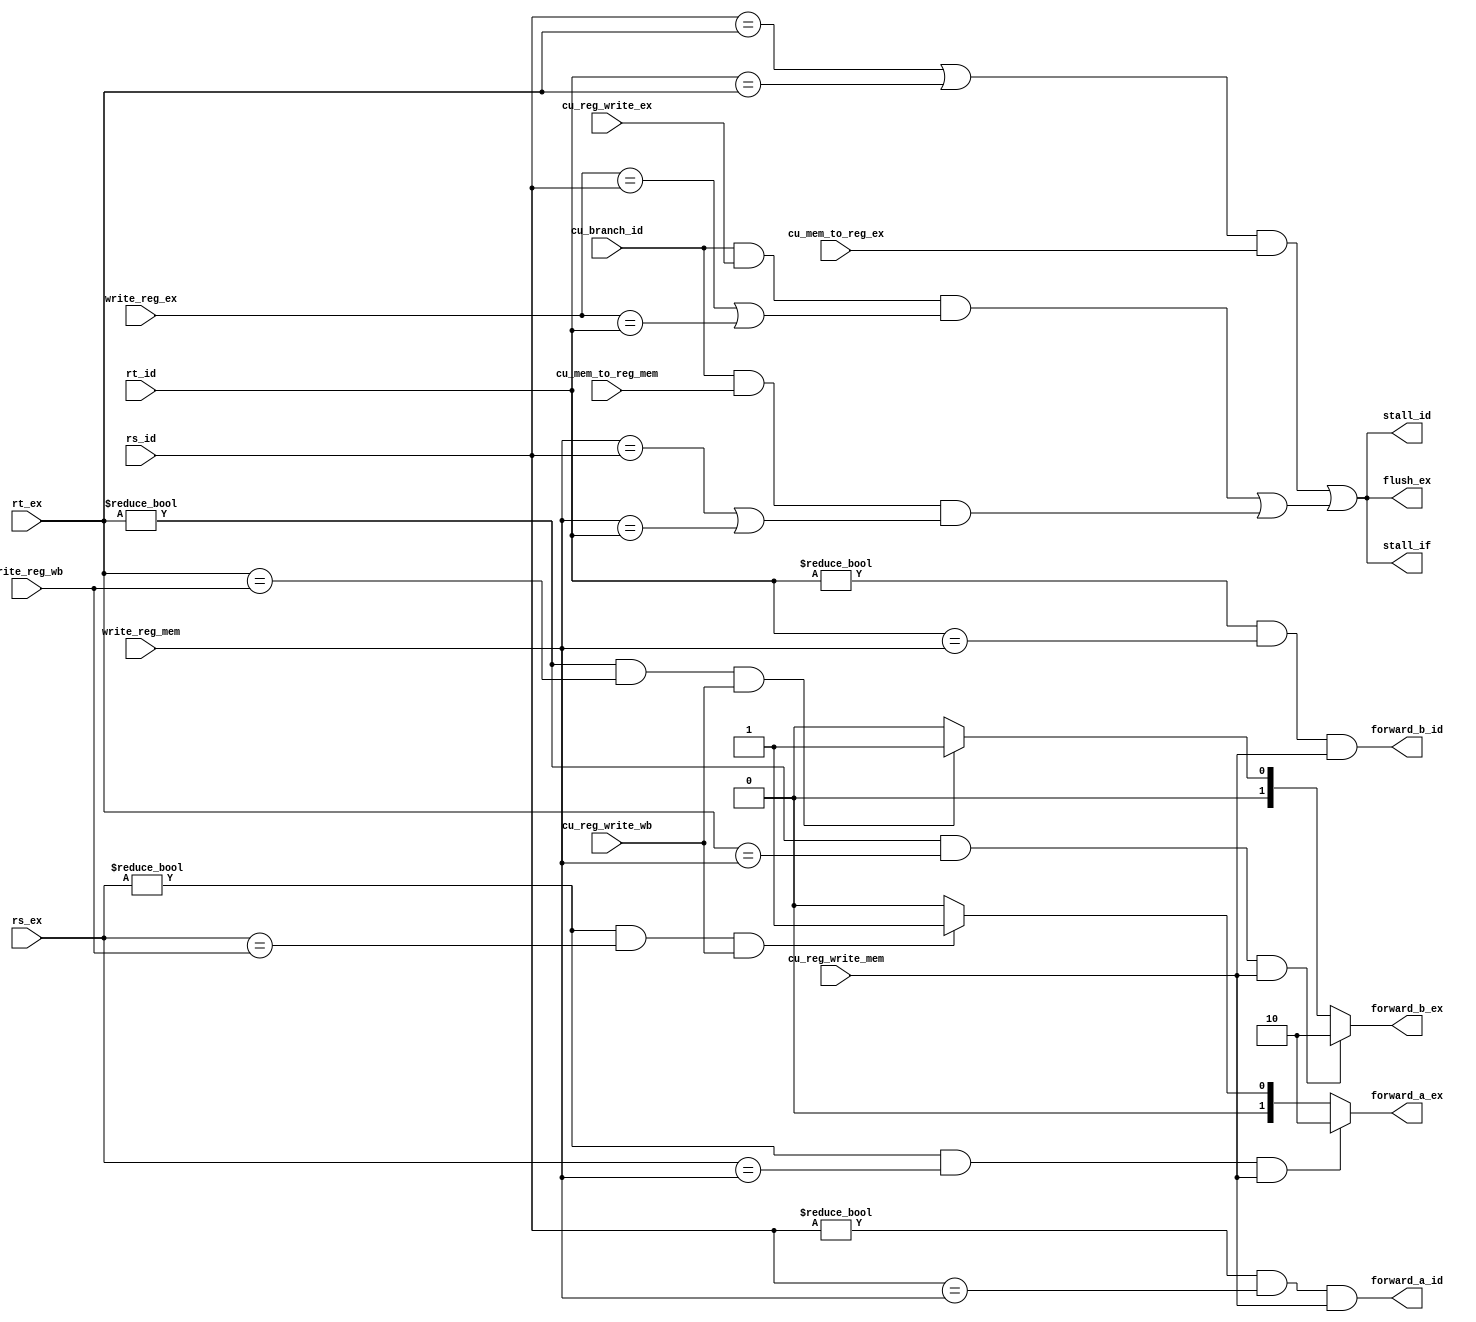
/*  Hazard Unit  */
module hu(
    output wire         stall_if,
    output wire         stall_id,
    input wire          cu_branch_id,
    output wire         forward_a_id,
    output wire         forward_b_id,
    input wire  [4:0]   rs_id,
    input wire  [4:0]   rt_id,
    output wire         flush_ex,
    input wire  [4:0]   rs_ex,
    input wire  [4:0]   rt_ex,
    output reg  [1:0]   forward_a_ex,
    output reg  [1:0]   forward_b_ex,
    input wire  [4:0]   write_reg_ex,
    input wire          cu_mem_to_reg_ex,
    input wire          cu_reg_write_ex,
    input wire  [4:0]   write_reg_mem,
    input wire          cu_mem_to_reg_mem,
    input wire          cu_reg_write_mem,
    input wire  [4:0]   write_reg_wb,
    input wire          cu_reg_write_wb
);

    /*  Data Forwarding / when register waiting for writed in MEM and WB before being read  */
    /*  Port A  */
    always @(*)
    begin
        // if register will be read is waiting for write in MEM, mux to alu_result_mem
        if ((rs_ex != 5'b00000) & (rs_ex == write_reg_mem) & cu_reg_write_mem)
        begin
            forward_a_ex = 2'b10;
        end
        // if register will be read is waiting for write in WB, mux to result_wb
        else
        if ((rs_ex != 5'b00000) & (rs_ex == write_reg_wb) & cu_reg_write_wb)
        begin
            forward_a_ex = 2'b01;
        end
        else
        begin
            forward_a_ex = 2'b00;
        end
    end

    /*  Port B  */
    always @(*)
    begin
        // if register will be read is waiting for write in MEM, mux to alu_result_mem
        if ((rt_ex != 5'b00000) & (rt_ex == write_reg_mem) & cu_reg_write_mem)
        begin
            forward_b_ex = 2'b10;
        end
        // if register will be read is waiting for write in WB, mux to result_wb
        else
        if ((rt_ex != 5'b00000) & (rt_ex == write_reg_wb) & cu_reg_write_wb)
        begin
            forward_b_ex = 2'b01;
        end
        else
        begin
            forward_b_ex = 2'b00;
        end
    end

    /*  Stalling / when register waiting for loading word from RAM before being read  */
    wire lw_stall;
    assign lw_stall = ((rs_id == rt_ex) | (rt_id == rt_ex)) & cu_mem_to_reg_ex;
    
    /*  early branch forwarding  */
    assign forward_a_id = (rs_id != 5'b00000) & (rs_id == write_reg_mem) & cu_reg_write_mem;
    assign forward_b_id = (rt_id != 5'b00000) & (rt_id == write_reg_mem) & cu_reg_write_mem;
    
    /*  early branch stalling  */
    wire branch_stall_ex;
    wire branch_stall_mem;
    wire branch_stall = branch_stall_ex | branch_stall_mem;
    assign branch_stall_ex = cu_branch_id & cu_reg_write_ex & (write_reg_ex == rs_id | write_reg_ex == rt_id);
    // ***:cu_mem_to_reg_mem need to be tested!
    assign branch_stall_mem = cu_branch_id & cu_mem_to_reg_mem & (write_reg_mem == rs_id | write_reg_mem == rt_id);
    
    assign stall_if = lw_stall | branch_stall;
    assign stall_id = lw_stall | branch_stall;
    assign flush_ex = lw_stall | branch_stall;

endmodule // hu